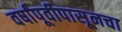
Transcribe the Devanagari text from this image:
वर्षांपूर्वीपासूनचा